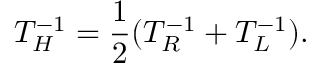
T _ { H } ^ { - 1 } = { \frac { 1 } { 2 } } ( T _ { R } ^ { - 1 } + T _ { L } ^ { - 1 } ) .